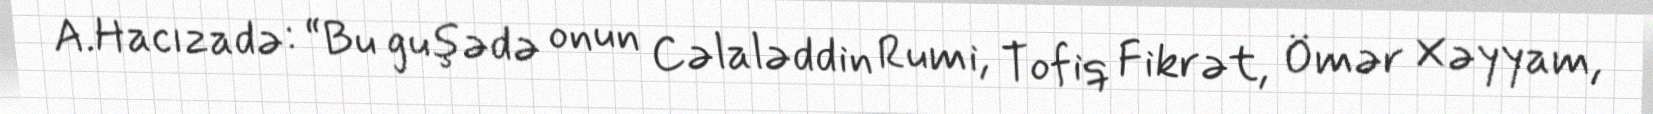
A.Hacızadə: “Bu guşədə onun Cəlaləddin Rumi, Tofiq Fikrət, Ömər Xəyyam,